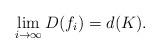
LaTeX: \begin{align*}\lim_{i\rightarrow \infty}{D(f_{i})}=d(K).\end{align*}